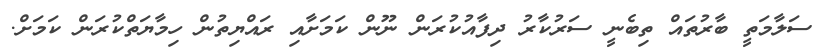
ސަލާމަތީ ބާރުތައް ތިބެނީ ސަރުކާރު ދިފާއުކުރަން ނޫން ކަމަށާއި ރައްޔިތުން ހިމާޔަތްކުރަން ކަމަށް.